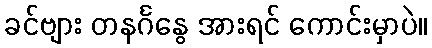
ခင်ဗျား တနင်္ဂနွေ အားရင် ကောင်းမှာပဲ။